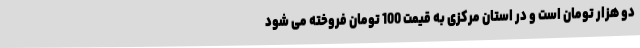
دو هزار تومان است و در استان مرکزی به قیمت 100 تومان فروخته می شود